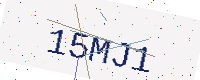
Text: 15MJ1